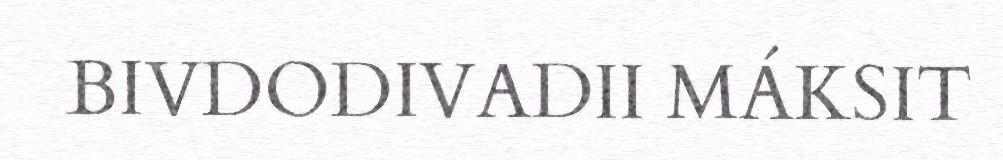
BIVDODIVADII MÁKSIT